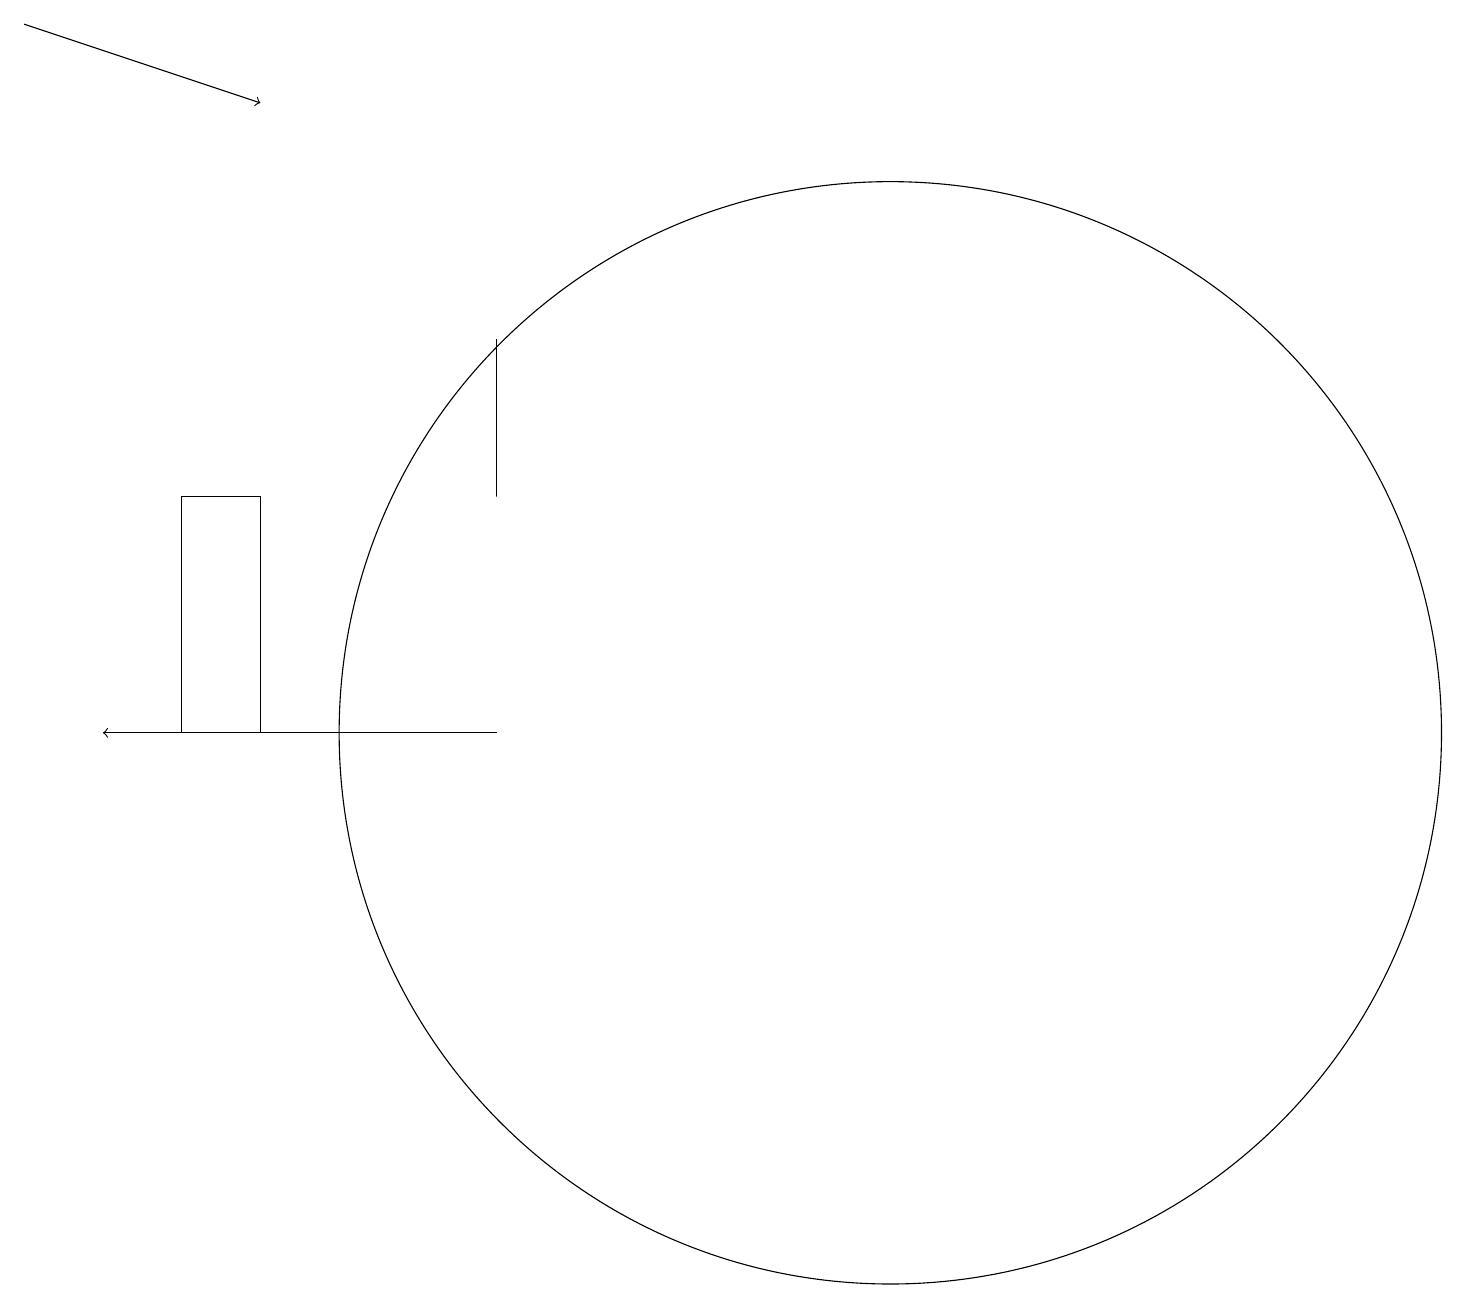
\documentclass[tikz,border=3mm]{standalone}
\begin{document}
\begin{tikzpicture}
\draw (3,13) rectangle (2,10);
\draw (6,13) rectangle (6,15);
\draw[->] (6,10) -- (1,10);
\draw (11,10) circle (7);
\draw[->] (0,19) -- (3,18);
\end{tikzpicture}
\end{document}